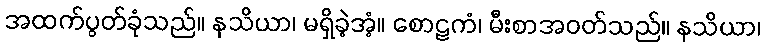
အထက်ပွတ်ခုံသည်။ နသိယာ၊ မရှိခဲ့အံ့။ စောဠကံ၊ မီးစာအဝတ်သည်။ နသိယာ၊